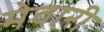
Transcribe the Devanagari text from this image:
मेवारी